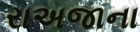
રાઅજાના